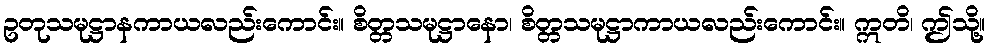
ဥတုသမုဋ္ဌာနကာယလည်းကောင်း။ စိတ္တသမုဋ္ဌာနော၊ စိတ္တသမုဋ္ဌာကာယလည်းကောင်း။ ဣတိ၊ ဤသို့။